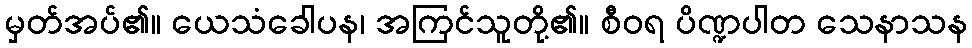
မှတ်အပ်၏။ ယေသံခေါပန၊ အကြင်သူတို့၏။ စီဝရ ပိဏ္ဍပါတ သေနာသန